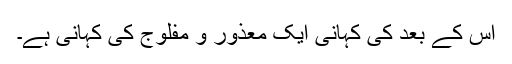
اس کے بعد کی کہانی ایک معذور و مفلوج کی کہانی ہے۔